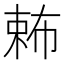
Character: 𣔩